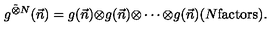
g ^ { \tilde { \otimes } N } ( \vec { n } ) = g ( \vec { n } ) { \otimes } g ( \vec { n } ) { \otimes } \cdots { \otimes } g ( \vec { n } ) ( N \mathrm { { f a c t o r s } } ) .